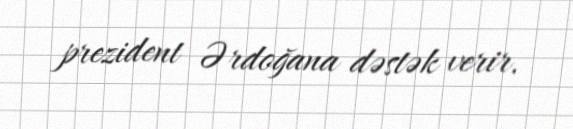
prezident Ərdoğana dəstək verir.